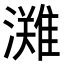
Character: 𭳊